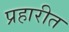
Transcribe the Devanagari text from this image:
प्रहारीत